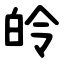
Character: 皊